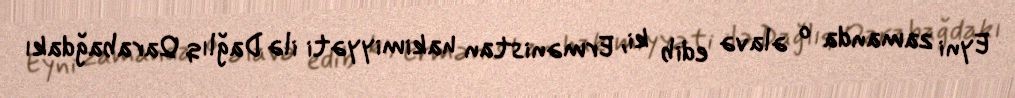
Eyni zamanda o əlavə edib ki, Ermənistan hakimiyyəti ilə Dağlıq Qarabağdakı